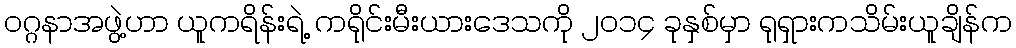
၀ဂ္ဂနာအဖွဲ့ဟာ ယူကရိန်းရဲ့ ကရိုင်းမီးယားဒေသကို ၂၀၁၄ ခုနှစ်မှာ ရုရှားကသိမ်းယူချိန်က